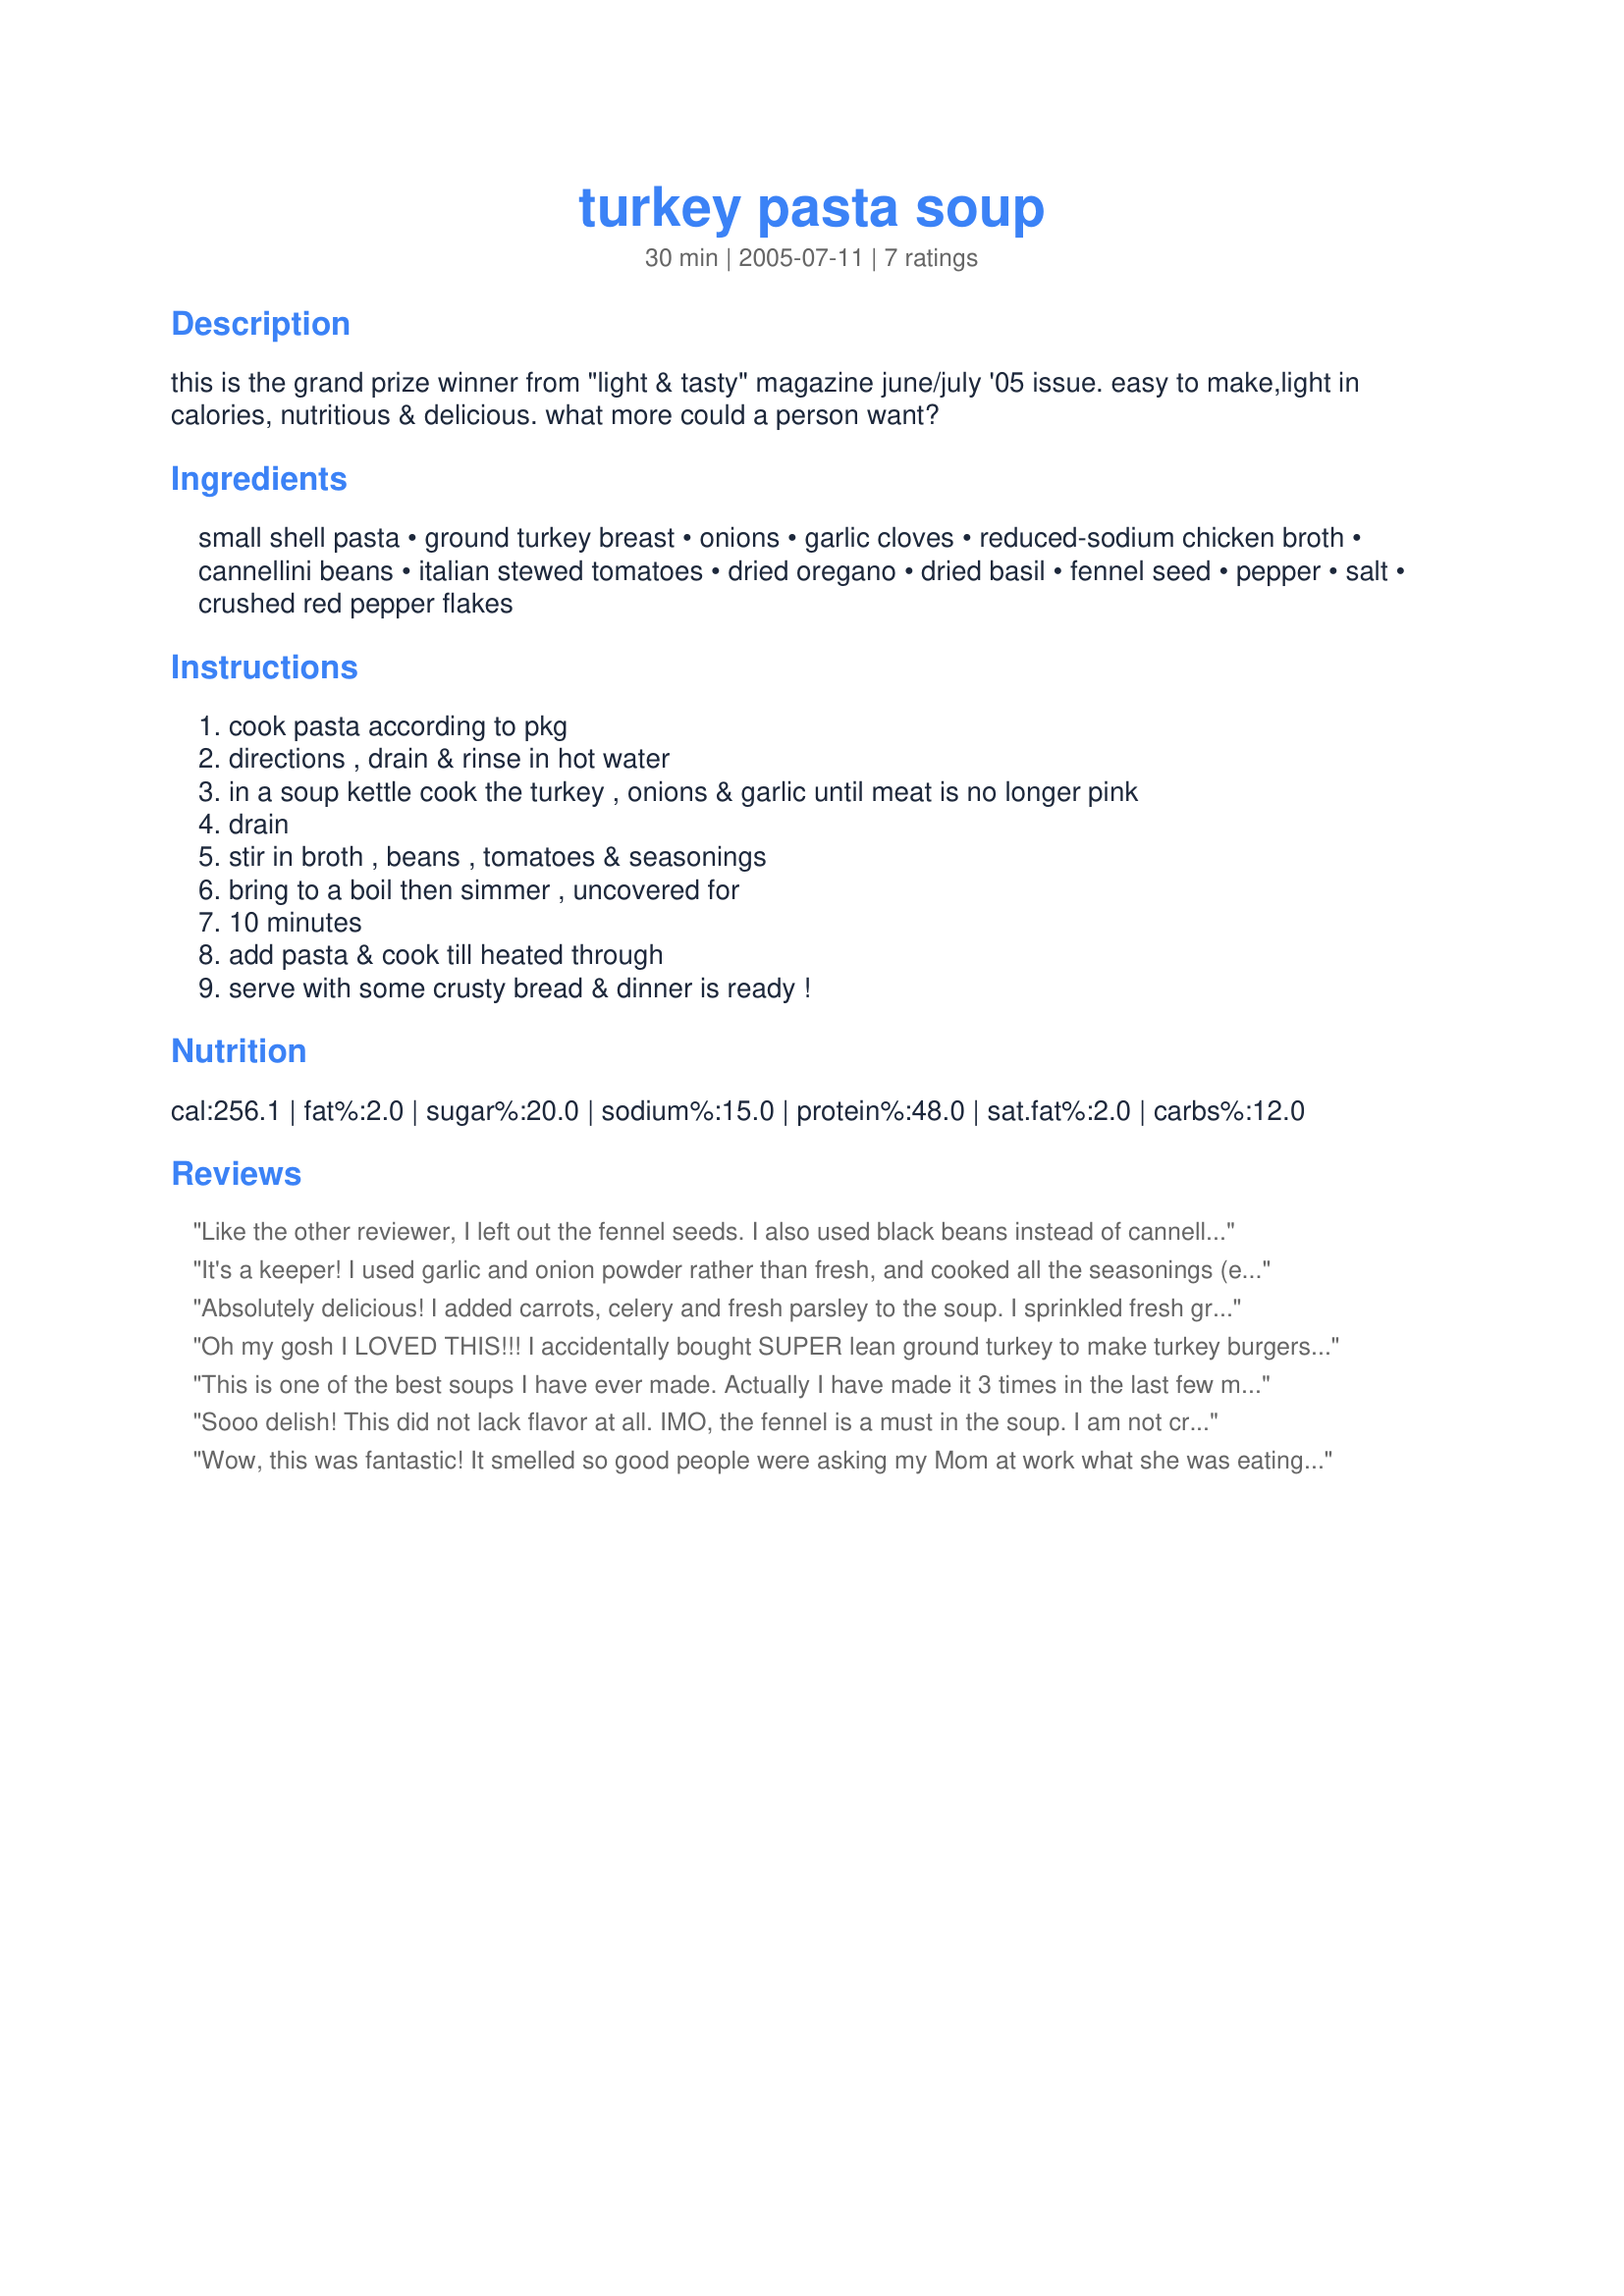
turkey pasta soup
Preparation time: 30 minutes

this is the grand prize winner from "light & tasty" magazine june/july '05 issue. easy to make,light in calories, nutritious & delicious. what more could a person want?

Ingredients:
small shell pasta, ground turkey breast, onions, garlic cloves, reduced-sodium chicken broth, cannellini beans, italian stewed tomatoes, dried oregano, dried basil, fennel seed, pepper, salt, crushed red pepper flakes

Steps:
cook pasta according to pkg, directions , drain & rinse in hot water, in a soup kettle cook the turkey , onions & garlic until meat is no longer pink, drain, stir in broth , beans , tomatoes & seasonings, bring to a boil then simmer , uncovered for, 10 minutes, add pasta & cook till heated through, serve with some crusty bread & dinner is ready !

Reviews:
Like the other reviewer, I left out the fennel seeds. I also used black beans instead of cannellini or white kidney beans. The result was sort of lackluster. There was nothing wrong with it, and it was nice and hearty, but there was no flavor sensation. Adding a dash of Thai sweet chili sauce to each bowl helped.
It's a keeper! I used garlic and onion powder rather than fresh, and cooked all the seasonings (except the red pepper flakes) with the meat, so it made it like sausage. I had leftover rotini, which worked beautifully. It was very flavorful and hearty. Topped it with red pepper flakes and parmesan, served it with sourdough and cabernet. Yum!
Absolutely delicious! I added carrots, celery and fresh parsley to the soup. I sprinkled fresh grated Parmesan on each serving and made grilled cheese sandwiches with it-wonderful! I suggest you definitely use the fennel-it gives such great flavor, like you used Italian sausage but with so much less fat. Maybe if the other review had used the fennel , they might have experienced the "flavor sensation" they were missing without having to add Thai sauce, a strange addition.Great ,easy and healthy- a keeper. Thanks!
Oh my gosh I LOVED THIS!!! I accidentally bought SUPER lean ground turkey to make turkey burgers with and felt it would be too lean for a burger. I went in search for a way to use ground turkey and came across this one! So happy I did! I increased the garlic, used 2 cans of fire roasted tomatoes, increased the oregano, basil and fennel and also added in quite a lot of crushed red pepper and garlic powder. I also used chicken stock rather than broth. FAB! I have to admit that I pumped up the seasonings quite a bit after tasting it as stated since it had a blandish taste to it. But you can alter this one to your family's tastes and it was SUPER tasty and super healthy. My 2 and 4 year old also loved it!!! Will definitely make this one again and again. I wish I would have read the previous reviewers comments about adding in celery and carrots...would have been a great addition. I don't know how another reviewer can say this was bland after they omit something huge like fennel. Makes no sense to me! Thank you! UPDATE: Been making this regularly for months and just made a batch with sliced carrots and celery - EVEN BETTER! You can't go wrong with this recipe. I make huge batches to freeze as well. YUM!!!
This is one of the best soups I have ever made. Actually I have made it 3 times in the last few months. Served it to 2 friends just before Christmas and it was a real hit. Had really overdone the red pepper flakes, so added a bit more broth. We crushed taco chips into it instead of crackers, which was delicious. I love black beans, so substituted those for the beans and use low sodium tomatoes.
Sooo delish! This did not lack flavor at all. IMO, the fennel is a must in the soup. I am not crazy about it either but the blend of all the spices creates a wonderful pot of soup. I did use extra garlic and I left out the red pepper flakes. I will add the celery and carrots next time as someone did.
Wow, this was fantastic! It smelled so good people were asking my Mom at work what she was eating and they wanted the recipe. I didn't add the fennel seed because I don't like it and used powdered chicken broth mix instead of the canned. It tasted really good with a dollop of Daisy Light sour cream. It's a great low-fat, healthy soup that has lots flavor. I'll be making this one again and again.
